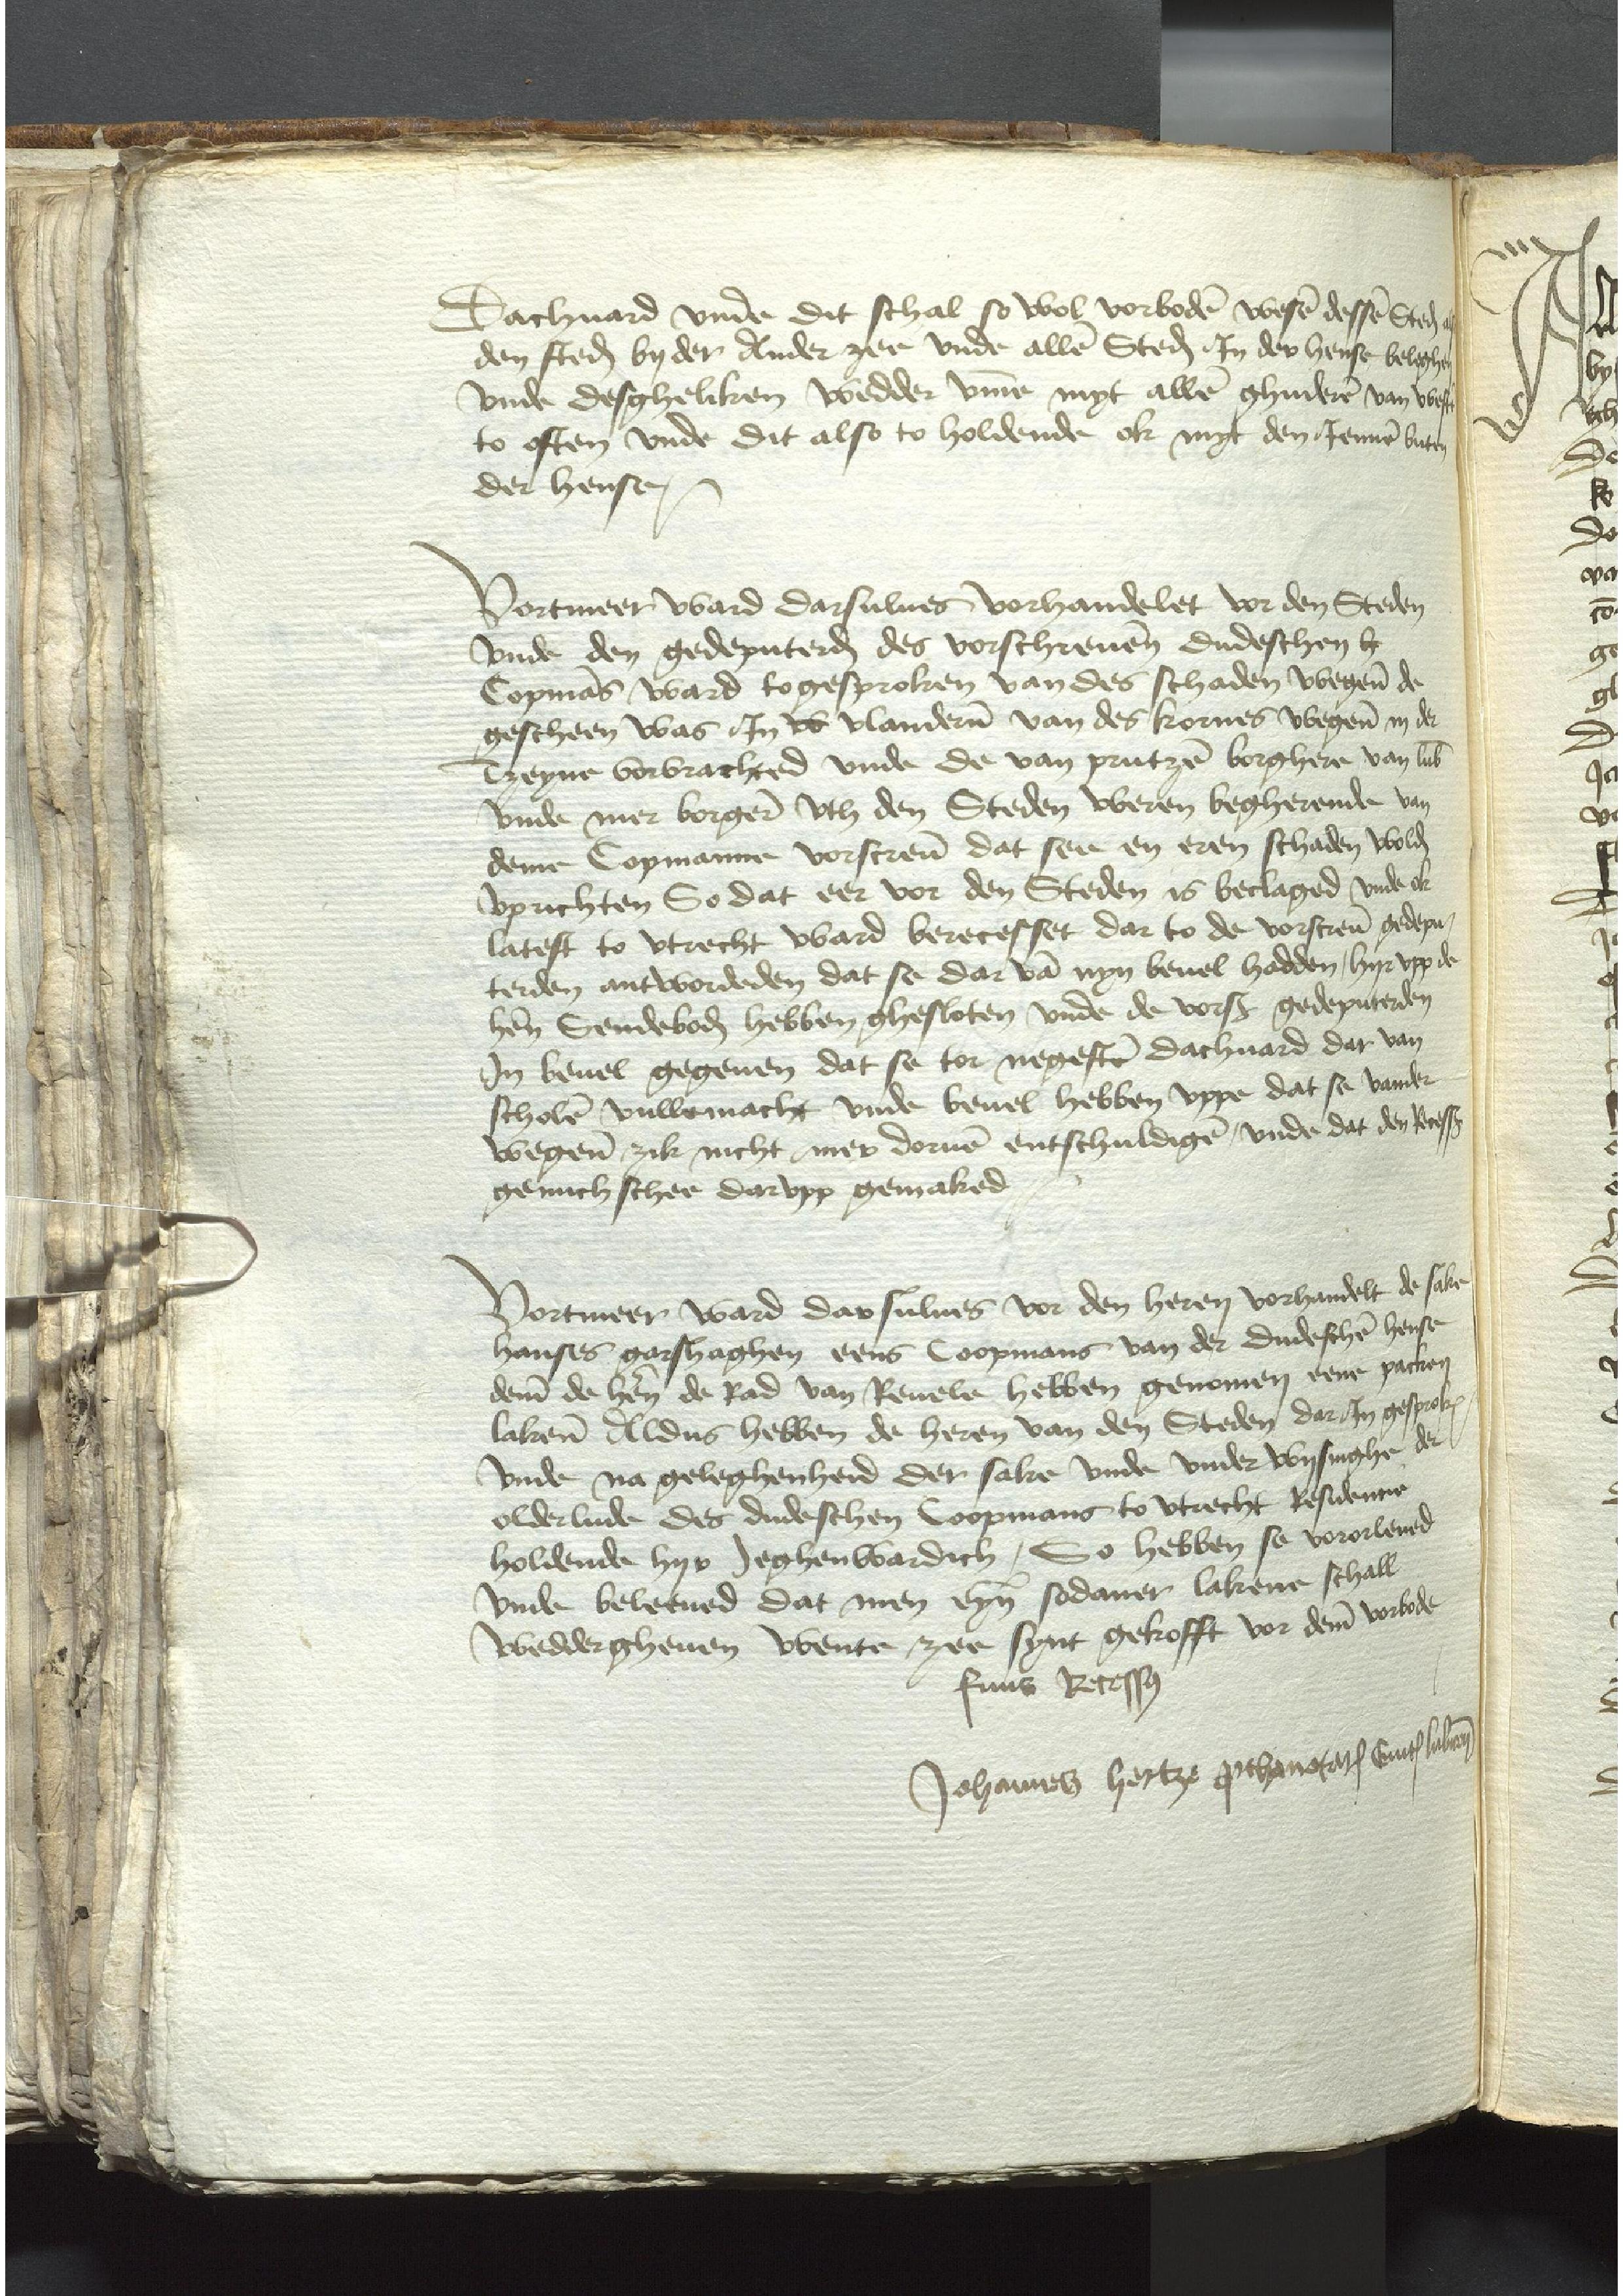
Dachuard vnde dit schal so wol vorboden wesen dessen Steden alse
den steden by der Ander zee vnde allen Steden Jn der hense beloghen
vnde desgheliken wedder vmme myt allen ghuderen van weste
to osten vnde dit also to holdende ok myt den Jennen buten
der hense

Vortmer ward darsulues vorhandelet vor den Steden
vnde den gedeputerden des vorschreuenen dudeschen he
Copmans ward togesproken van des schaden wegene de
gescheen was Jn v Vlanderen van des kornes wegene in der
Tzeyne vorvrachted vnde de van Prutzen borghere van Lubeke
vnde mer borgeren vth den Steden weren begherende van
deme Copmanne vorscreuen dat see en eren schaden wolden
vprichten So dat eer vor den Steden is beclaged vnde ok
latest to Vtrecht ward berecesset dar to de vorscreuen gedepu¬
terden antwordeden dat se dar van nyn beuel hadden, hyr vpp de
heren Sendeboden hebben ghesloten vnde de vorscreuen gedeputerden
Jn beuel gegeuen dat se tor negesten dachuard dar van
scholen vullemacht vnde beuel hebben vppe dat se vander
wegene zik nicht mer doruen entschuldigen, vnde dat der Recesse
genuch schee darvpp gemaked

Vortmeer ward das sulues vor den heren vorhandelt de sake
Hanses Garshaghen eens Coopmans van der dudeschen hense
deme de hern de Rad van Reuele hebben genomen packen
lakene Aldus hebben de heren van den Steden dar Jn gesproken
vnder na geleghenheid der sake vnde vnder Wysinghe der
olderlude des dudeschen Coopmans to Vtrecht Resedencie
holdende hyr Jeghenwardich, So hebben se vororleued
vnde beleeued dat men eyne sodaner lakene schall
weddergheuen wente zee synt gekrofft vor deme vorbode
finus Recessus

Johannes hertze prothonotarius Ciuitatis Lubecensis